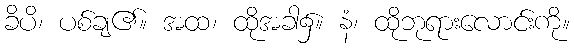
ခိပိ၊ ပစ်ချ၏။ အထ၊ ထိုအခါ၌။ နံ၊ ထိုဘုရားလောင်းကို။